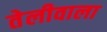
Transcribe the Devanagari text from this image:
तेलीवाला